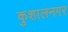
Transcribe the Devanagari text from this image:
कुशालनगर